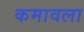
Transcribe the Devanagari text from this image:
कमावला